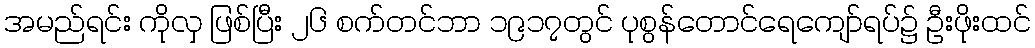
အမည်ရင်း ကိုလှ ဖြစ်ပြီး ၂၆ စက်တင်ဘာ ၁၉၁၇တွင် ပုစွန်တောင်ရေကျော်ရပ်၌ ဦးဖိုးထင်